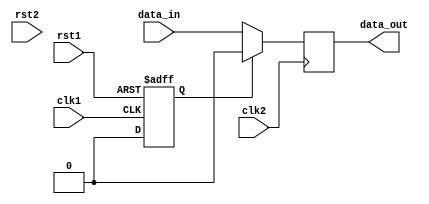
module Synchronizer (
    input wire clk1,        // Clock signal for domain 1
    input wire clk2,        // Clock signal for domain 2
    input wire rst1,        // Reset signal for domain 1
    input wire rst2,        // Reset signal for domain 2
    input wire data_in,     // Input data signal
    
    output reg data_out     // Output synchronized data signal
);

reg synchronized_rst;      // Synchronized reset signal

always @(posedge clk1 or posedge rst1) begin
    if (rst1) begin
        synchronized_rst <= 1'b1;
    end else begin
        synchronized_rst <= 1'b0;
    end
end

always @(posedge clk2) begin
    if (synchronized_rst) begin
        data_out <= 1'b0;
    end else begin
        data_out <= data_in;
    end
end

endmodule